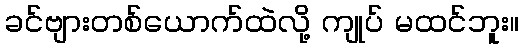
ခင်ဗျားတစ်ယောက်ထဲလို့ ကျုပ် မထင်ဘူး။